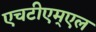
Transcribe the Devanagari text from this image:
एचटीएम्एल